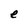
Character: e